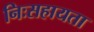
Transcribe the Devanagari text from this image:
निःसहायता